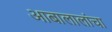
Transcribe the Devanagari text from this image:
आबालालांचा